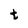
Character: t